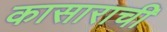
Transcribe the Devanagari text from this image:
कासाराची